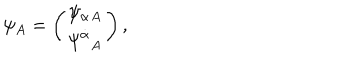
LaTeX: \psi _ { A } = \left( \begin{array} { c } { { { \psi _ { \alpha } } { } _ { A } } } \\ { { { \psi ^ { \dot { \alpha } } } _ { A } } } \\ \end{array} \right) ,